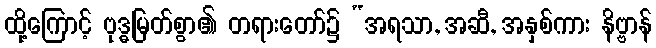
ထို့ကြောင့် ဗုဒ္ဓမြတ်စွာ၏ တရားတော်၌ “အရသာ, အဆီ, အနှစ်ကား နိဗ္ဗာန်